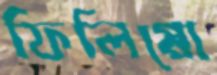
ফিলিপ্পো